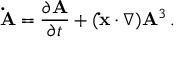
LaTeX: \mathbf { \dot { A } } = { \frac { \partial \mathbf { A } } { \partial t } } + ( \mathbf { \dot { x } } \cdot \nabla ) \mathbf { A } ^ { 3 } \, .